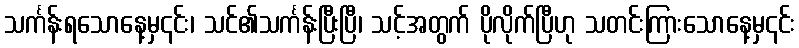
သင်္ကန်းရသောနေ့မှ၎င်း၊ သင်၏သင်္ကန်းပြီးပြီ၊ သင့်အတွက် ပိုလိုက်ပြီဟု သတင်းကြားသောနေ့မှ၎င်း